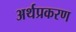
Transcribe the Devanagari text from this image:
अर्थप्रकरण